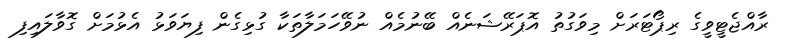
ރާއްޖެޓީވީގެ ރިޕޯޓަރަށް މިވަގުތު އޮޕަރޭޝަނެއް ބޭނުމެއް ނުވޭހަމަލާތަކާ ގުޅިގެން ފިޔަވަޅު އެޅުމަށް ގޮވާލައިފި